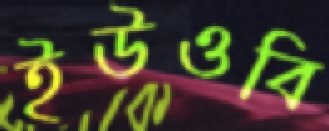
ইউওবি